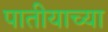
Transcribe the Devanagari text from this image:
पातीयाच्या